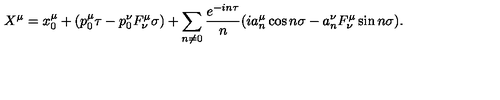
X ^ { \mu } = x _ { 0 } ^ { \mu } + ( p _ { 0 } ^ { \mu } \tau - p _ { 0 } ^ { \nu } F _ { \nu } ^ { \mu } \sigma ) + \sum _ { n \neq 0 } { \frac { e ^ { - i n \tau } } { n } } ( i a _ { n } ^ { \mu } \cos n \sigma - a _ { n } ^ { \nu } F _ { \nu } ^ { \mu } \sin n \sigma ) .